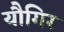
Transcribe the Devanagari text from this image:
यौगिर